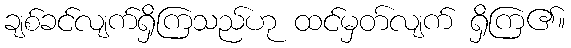
ချစ်ခင်လျက်ရှိကြသည်ဟု ထင်မှတ်လျက် ရှိကြ၏။